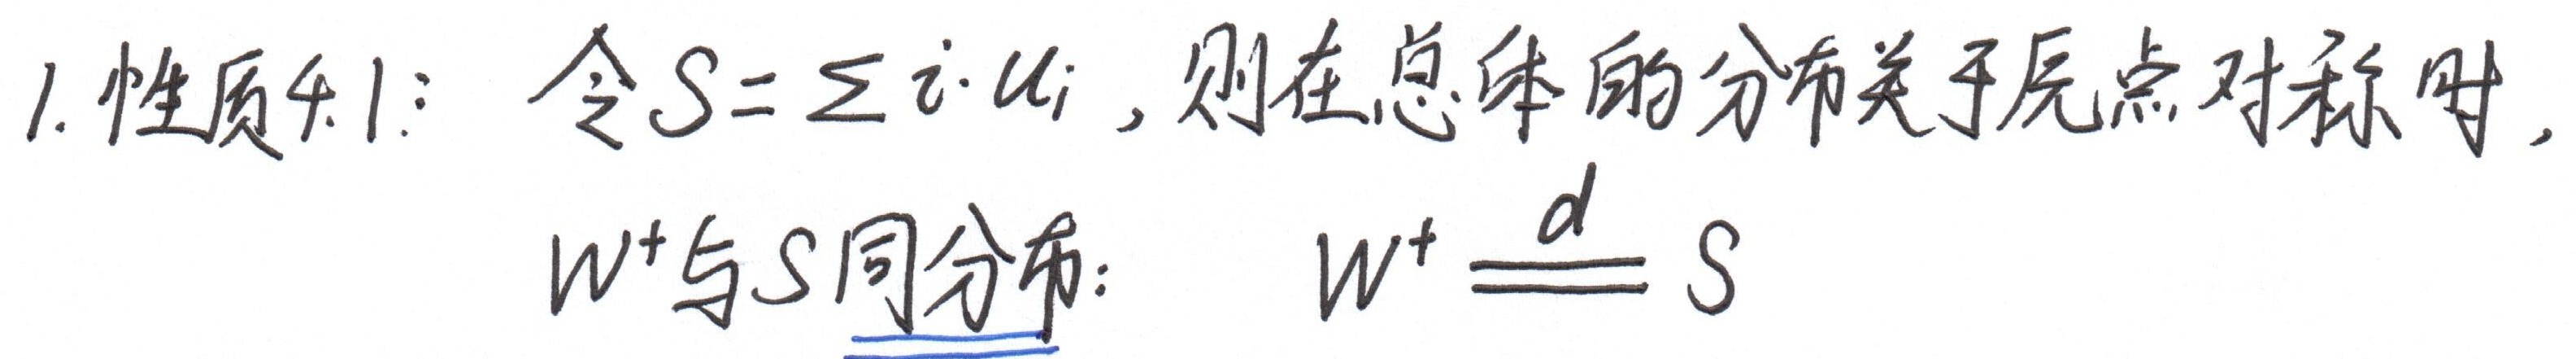
1.性质4.1： 令\(S = \sum i\cdot u_{i}\)，则在总体的分布关于原点对称时，\(W^{+}\)与\(S\)同分布： \(W^{+}\stackrel{d}{=}S\)